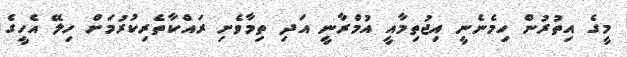
މީގެ އިތުރުން ހިމެނެނީ އިޖުތިމާއީ އުމްރާނީ އަދި ތިމާވެށި ރައްކާތެރިކުރުމަށް ހިލޭ އެހީގެ